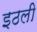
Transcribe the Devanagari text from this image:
इठली